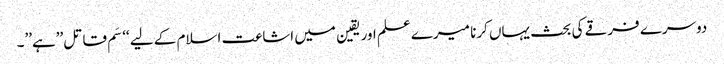
دوسرے فرقے کی بحث یہاں کرنا میرے علم اور یقین میں اشاعت اسلام کے لیے ‘‘سَم قاتل’’ہے’’۔